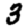
Digit: 3